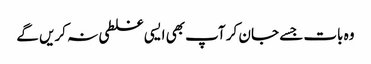
وہ بات جسے جا ن کر آپ بھی ایسی غلطی نہ کریں گے